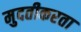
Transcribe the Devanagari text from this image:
मुदतीकरता